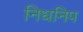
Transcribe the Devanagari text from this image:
निधनिप